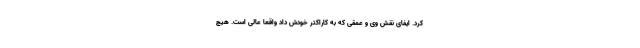
کرد. ایفای نقش‌ وی و عمقی که به کاراکتر خودش داد واقعا عالی است. هیچ